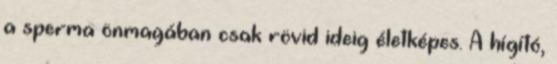
a sperma önmagában csak rövid ideig életképes. A hígító,